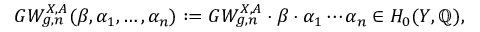
G W _ { g , n } ^ { X , A } ( \beta , \alpha _ { 1 } , \ldots , \alpha _ { n } ) : = G W _ { g , n } ^ { X , A } \cdot \beta \cdot \alpha _ { 1 } \cdots \alpha _ { n } \in H _ { 0 } ( Y , \mathbb { Q } ) ,